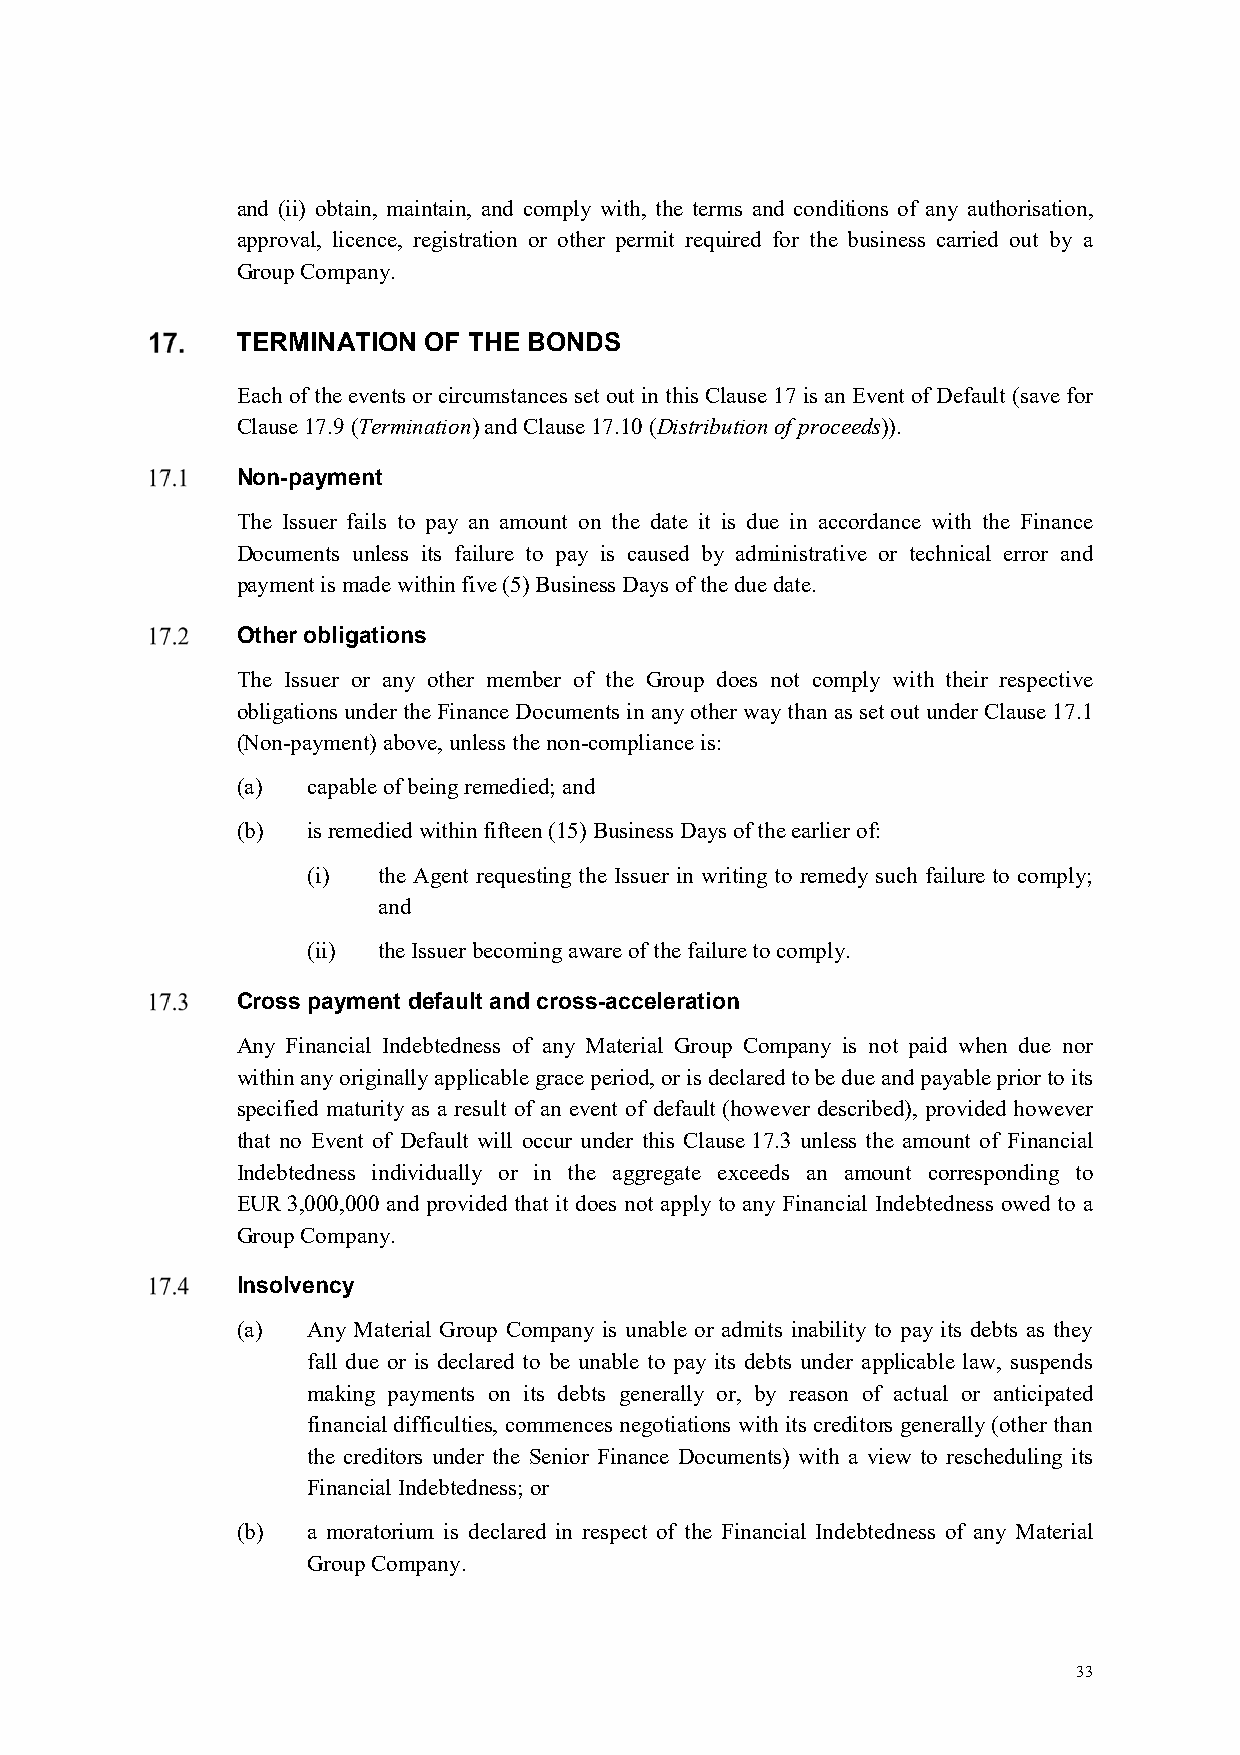
and (ii) obtain, maintain, and comply with, the terms and conditions of any authorisation,
 approval, licence, registration or other permit required for the business carried out by a
 Group Company.
 TERMINATION OF THE BONDS
 Each of the events or circumstances set out in this Clause 17 is an Event of Default (save for
 Clause 17.9 (Termination) and Clause 17.10 (Distribution of proceeds)).
 Non-payment
 The Issuer fails to pay an amount on the date it is due in accordance with the Finance
 Documents unless its failure to pay is caused by administrative or technical error and
 payment is made within five (5) Business Days of the due date.
 Other obligations
 The Issuer or any other member of the Group does not comply with their respective
 obligations under the Finance Documents in any other way than as set out under Clause 17.1
 (Non-payment) above, unless the non-compliance is:
 (a) capable of being remedied; and
 (b) is remedied within fifteen (15) Business Days of the earlier of:
 (i)  the Agent requesting the Issuer in writing to remedy such failure to comply;
 and
 (ii) the Issuer becoming aware of the failure to comply.
 Cross payment default and cross-acceleration
 Any Financial Indebtedness of any Material Group Company is not paid when due nor
 within any originally applicable grace period, or is declared to be due and payable prior to its
 specified maturity as a result of an event of default (however described), provided however
 that no Event of Default will occur under this Clause 17.3 unless the amount of Financial
 Indebtedness individually or in the aggregate exceeds an amount corresponding to
 EUR 3,000,000 and provided that it does not apply to any Financial Indebtedness owed to a
 Group Company.
 Insolvency
 (a) Any Material Group Company is unable or admits inability to pay its debts as they
 fall due or is declared to be unable to pay its debts under applicable law, suspends
 making payments on its debts generally or, by reason of actual or anticipated
 financial difficulties, commences negotiations with its creditors generally (other than
 the creditors under the Senior Finance Documents) with a view to rescheduling its
 Financial Indebtedness; or
 (b) a moratorium is declared in respect of the Financial Indebtedness of any Material
 Group Company.
 33